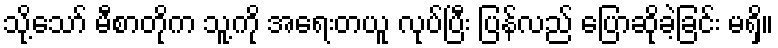
သို့သော် မီစာတိုက သူ့ကို အရေးတယူ လုပ်ပြီး ပြန်လည် ပြောဆိုခဲ့ခြင်း မရှိ။